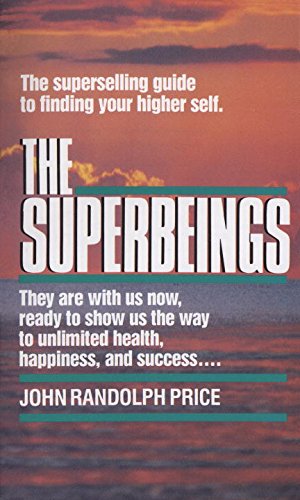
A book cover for Superbeings; John Randolph Price; Religion & Spirituality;